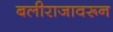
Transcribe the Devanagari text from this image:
बलीराजावरून